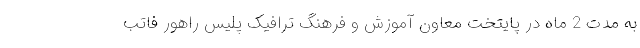
به مدت 2 ماه در پایتخت معاون آموزش و فرهنگ ترافیک پلیس راهور فاتب